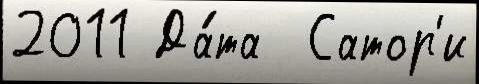
2011 Да́та  Сатор'и